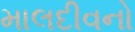
માલદીવનો